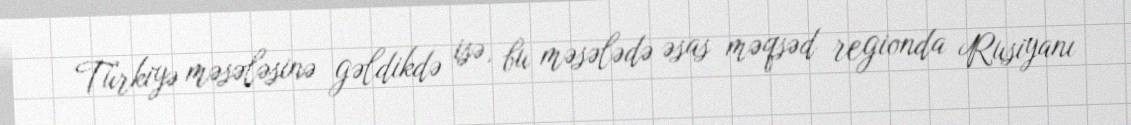
Türkiyə məsələsinə gəldikdə isə, bu məsələdə əsas məqsəd regionda Rusiyanı